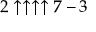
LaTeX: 2 \uparrow \uparrow \uparrow \uparrow 7 - 3